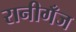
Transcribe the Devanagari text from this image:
रानीगँज